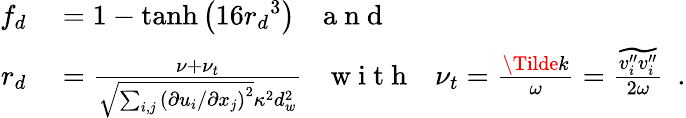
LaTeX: \begin{array}{rl}{f_{d}}&{{}=1-\operatorname{tanh}{\left({16r_{d}}^{3}\right)}\ \ \ \mathrm{~a~n~d~}}\\ {r_{d}}&{{}=\frac{\nu+\nu_{t}}{\sqrt{\sum_{i,j}{\left(\partial u_{i}/\partial x_{j}\right)}^{2}}\kappa^{2}d_{w}^{2}}\ \ \ \mathrm{~w~i~t~h~}\ \ \ \nu_{t}=\frac{\Tilde{k}}{\omega}=\frac{\widetilde{v_{i}^{\prime\prime}v_{i}^{\prime\prime}}}{2\omega}\ \ .}\end{array}